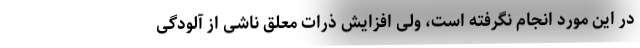
در این مورد انجام نگرفته است، ولی افزایش ذرات معلق ناشی از آلودگی